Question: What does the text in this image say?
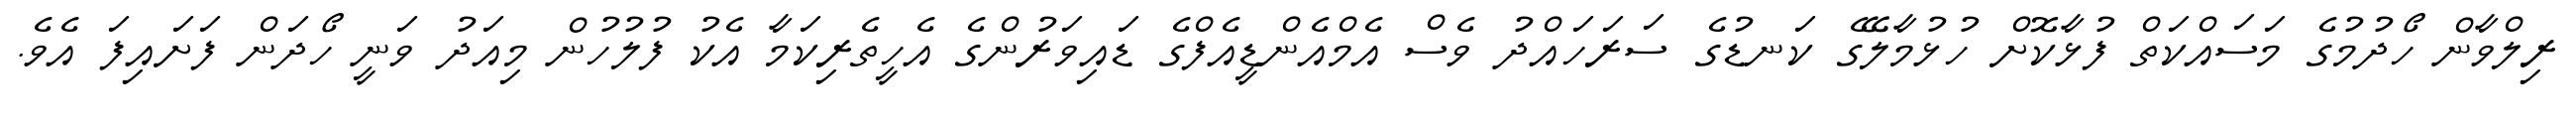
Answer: ރިލްވާން ހޯދުމުގެ މަސައްކަތް ފުޅާކޮށް ހުޅުމާލޭގެ ކަނޑުގެ ސަރަހައްދު ވެސް އެމްއެންޑީއެފްގެ ޑައިވަރުންގެ އެހީތެރިކަމާ އެކު ފުލުހުން މިއަދު ވަނީ ހޯދަން ފަށައިފަ އެވެ.